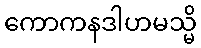
ကောကနဒါဟမသ္မိ